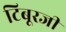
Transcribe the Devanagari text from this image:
टिबूरजी